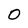
Character: 0